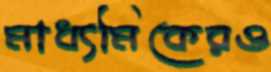
মাধ্যমিকেরও